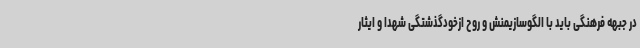
در جبهه فرهنگی باید با الگوسازیمنش و روح ازخودگذشتگی شهدا و ایثار